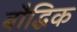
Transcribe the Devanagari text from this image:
बौद्धिक